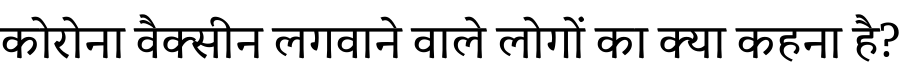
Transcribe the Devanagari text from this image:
कोरोना वैक्सीन लगवाने वाले लोगों का क्या कहना है?